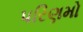
પરિણમો